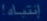
نتیجه